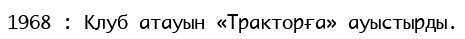
1968 : Клуб атауын «Тракторға» ауыстырды.